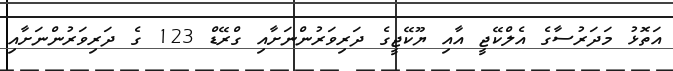
އަތޮޅު މަދަރުސާގެ އެލްކޭޖީ އާއި ޔޫކޭޖީގެ ދަރިވަރުންނަށާއި ގްރޭޑް 123 ގެ ދަރިވަރުންނަށާއި